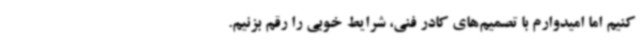
کنیم اما امیدوارم با تصمیم‌های کادر فنی، شرایط خوبی را رقم بزنیم.